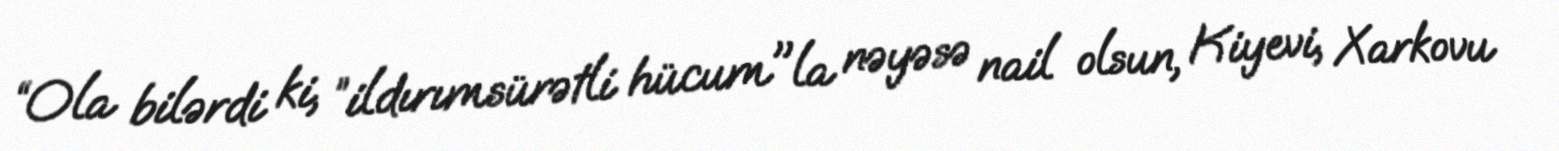
“Ola bilərdi ki, ”ildırımsürətli hücum"la nəyəsə nail olsun, Kiyevi, Xarkovu